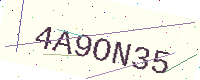
Text: 4A9ON35